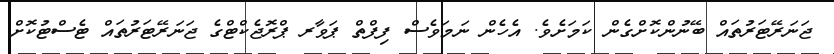
ޖަނަރޭޓަރުތައް ބޭނުންކޮށްގެން ކަމަށެވެ. އެހެން ނަމަވެސް ފިފްތް ޕަވާރ ޕްރޮޖެކްޓްގެ ޖަނަރޭޓަރުތައް ޓެސްޓުކޮށް